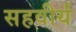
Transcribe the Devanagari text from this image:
सहवीर्यं